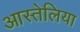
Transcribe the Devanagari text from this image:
आस्तेलिया